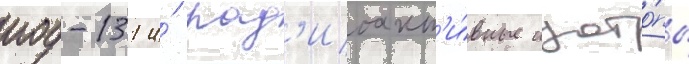
иод-131 и́ рад'иоакт'и́вные изото́пы